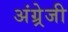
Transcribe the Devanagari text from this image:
अंग्र्रेजी